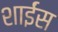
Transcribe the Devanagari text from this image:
शाईंस